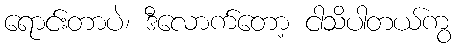
ရောင်းတာပဲ၊ ဒီလောက်တော့ ငါသိပါတယ်ကွ